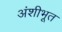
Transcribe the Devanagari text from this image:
अंशीभूत